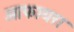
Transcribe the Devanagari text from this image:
ओफायरा